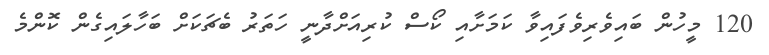
120 މީހުން ބައިވެރިވެފައިވާ ކަމަށާއި ކޯސް ކުރިއަށްދާނީ ހަތަރު ބެޗަކަށް ބަހާލައިގެން ކޮންމެ